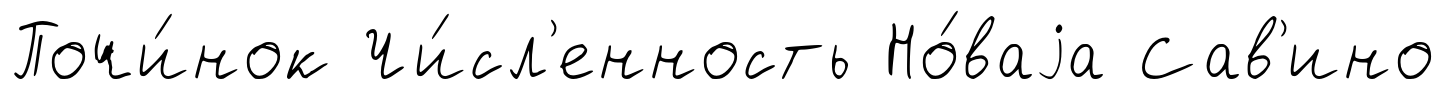
Почи́нок Чи́сл'енность Но́ваjа Сав'ино